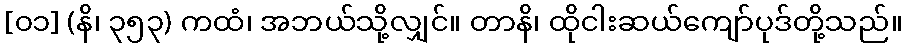
[၀၁] (နိ၊ ၃၅၃) ကထံ၊ အဘယ်သို့လျှင်။ တာနိ၊ ထိုငါးဆယ်ကျော်ပုဒ်တို့သည်။